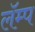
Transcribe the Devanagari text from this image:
लॅम्प